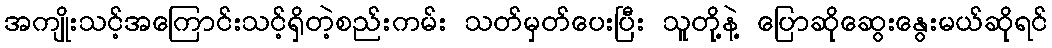
အကျိုးသင့်အကြောင်းသင့်ရှိတဲ့စည်းကမ်း သတ်မှတ်ပေးပြီး သူတို့နဲ့ ပြောဆိုဆွေးနွေးမယ်ဆိုရင်